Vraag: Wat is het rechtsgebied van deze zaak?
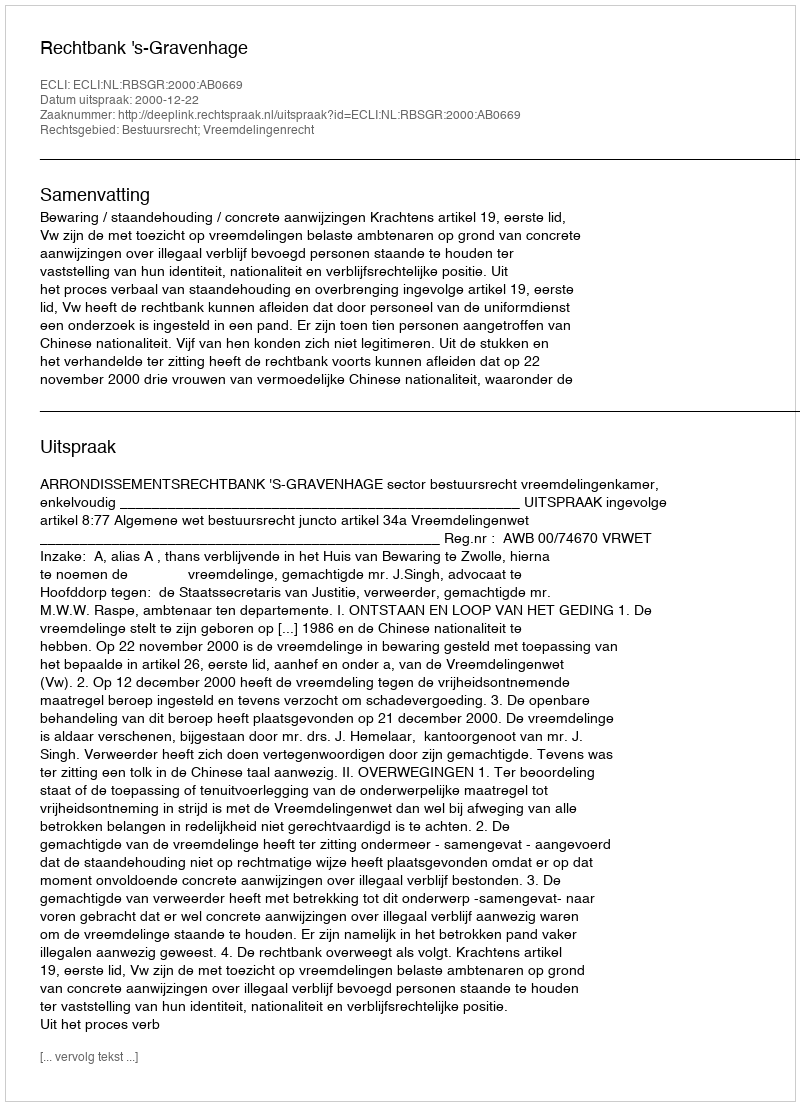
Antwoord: Bestuursrecht; Vreemdelingenrecht